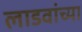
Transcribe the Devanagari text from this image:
लाडवांच्या